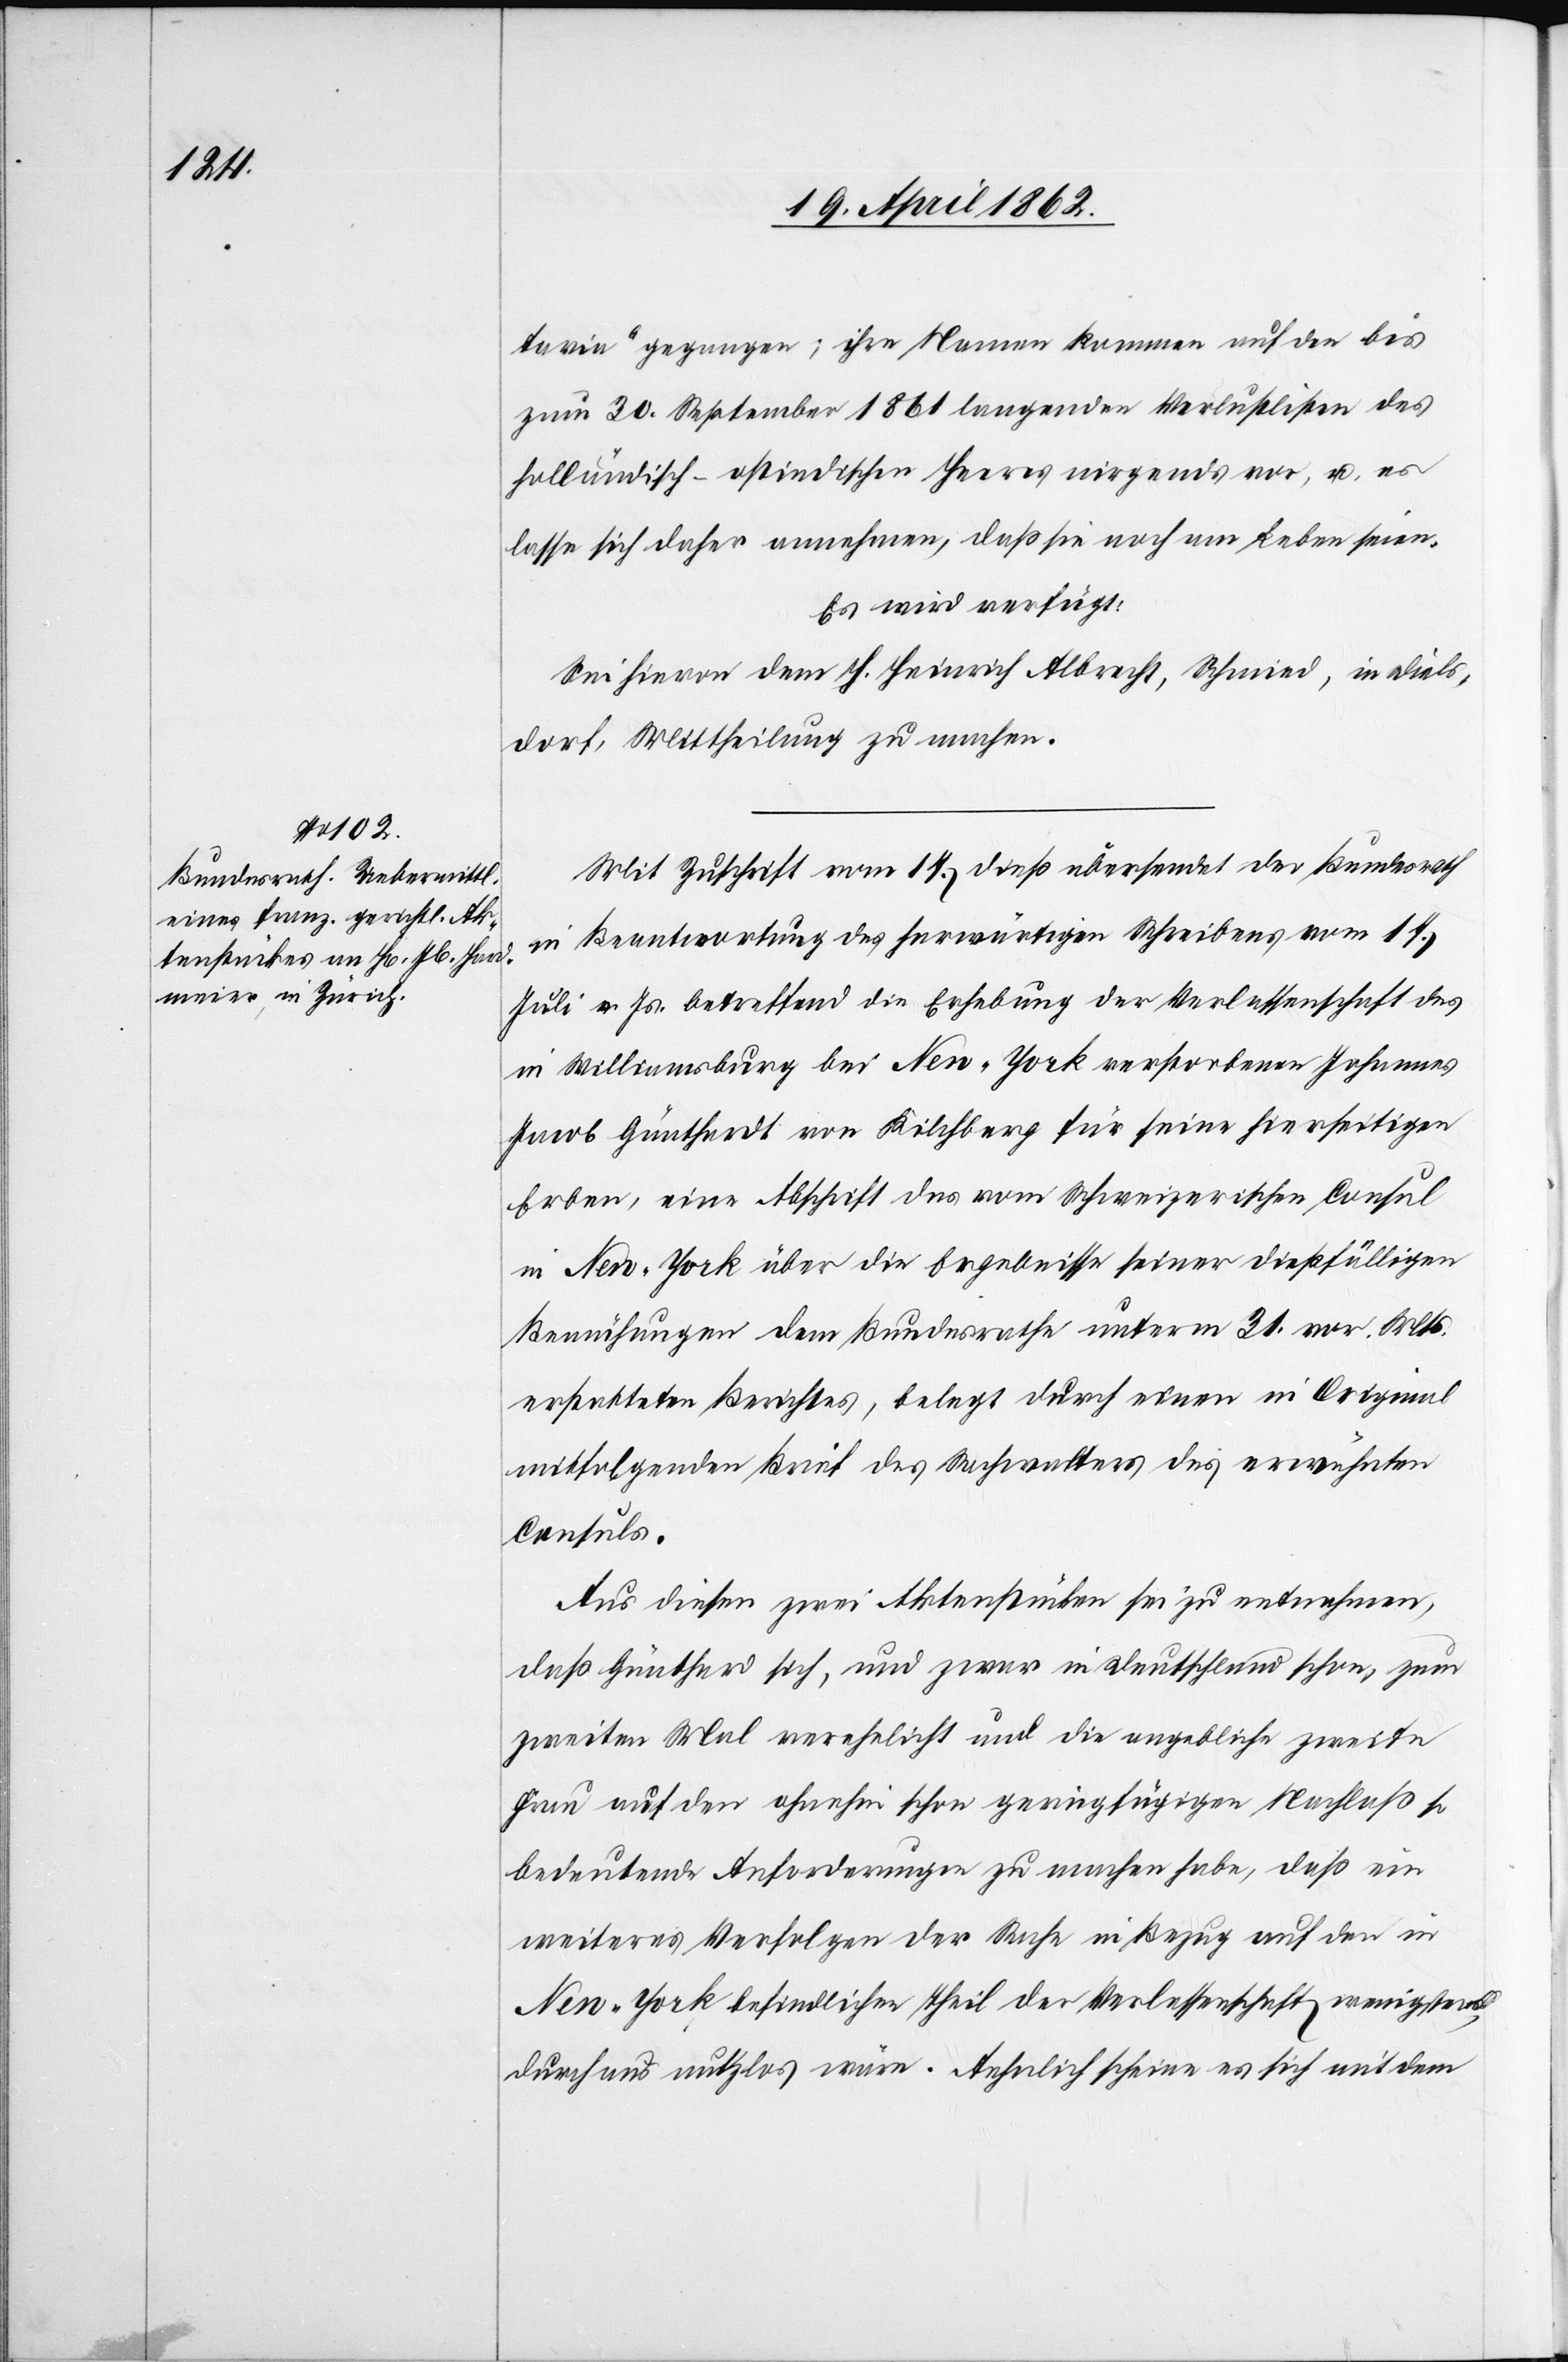
22. April 1862.]
tavia“ gegangen; ihre Namen kommen auf der bis
zum 20. September 1861 langenden Verlustlisten des
holländisch-ostindischen Heeres nirgends vor, u. es
lasse sich daher annehmen, daß sie noch am Leben seien.
Es wird verfügt:
Sei hievon dem H. Heinrich Albrecht, Schmied, in Diels¬
dorf, Mittheilung zu machen.
Mit Zuschrift vom 17. dieß übersendet der Bundesrath
in Beantwortung des herwärtigen Schreibens vom 17.
Juli v. Js. betreffend die Erhebung der Verlassenschaft des
in Williamsburg bei New-York verstorbenen Johannes
Jacob Günthardt von Kilchberg für seine hierseitigen
Erben, eine Abschrift des vom Schweizerischen Consul
in New-York über die Ergebnisse seiner dießfälligen
Bemühungen dem Bundesrathe unterm 21. vor. Mts.
erstatteten Berichtes, belegt durch einen in Original
mitfolgenden Brief des Sachwalters des erwähnten
Consuls.
Aus diesen zwei Aktenstücken sei zu entnehmen,
daß Günthard[t] sich, und zwar in Deutschland schon, zum
zweiten Mal verehelicht und die angeblich zweite
Frau auf den ohnehin schon geringfügigen Nachlaß so
bedeutende Anforderungen zu machen habe, daß ein
weiteres Verfolgen der Sache in Bezug auf den in
New-York befindlichen Theil der Verlassenschaft wenigstens
durchaus nutzlos wäre. Aehnlich scheine es sich mit dem